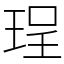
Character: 珵